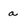
Character: a